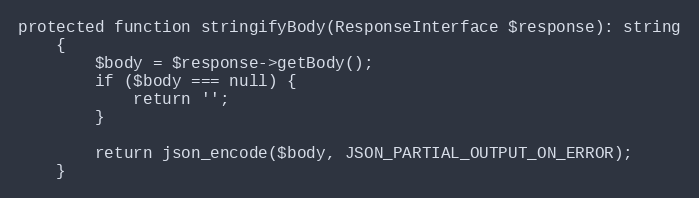
Language: PHP
protected function stringifyBody(ResponseInterface $response): string
    {
        $body = $response->getBody();
        if ($body === null) {
            return '';
        }

        return json_encode($body, JSON_PARTIAL_OUTPUT_ON_ERROR);
    }